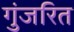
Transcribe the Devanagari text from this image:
गुंजरित